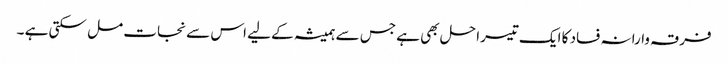
فرقہ وارانہ فساد کا ایک تیسرا حل بھی ہے جس سے ہمیشہ کے لیے اس سے نجات مل سکتی ہے ۔